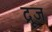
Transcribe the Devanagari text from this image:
द्रूज